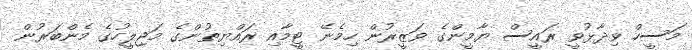
މަސީހް ވިދާޅުވީ ރައީސް ޔާމީންގެ ވަޒީރުން ހިމެނޭ ޓީމާއި ރައްޔިތުންގެ މަޖިލީހުގެ މެންބަރުން